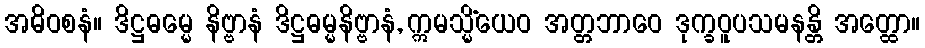
အဓိဝစနံ။ ဒိဋ္ဌဓမ္မေ နိဗ္ဗာနံ ဒိဋ္ဌဓမ္မနိဗ္ဗာနံ, ဣမသ္မိံယေဝ အတ္တဘာဝေ ဒုက္ခဝူပသမနန္တိ အတ္ထော။